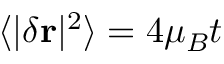
\langle | \delta \mathbf { r } | ^ { 2 } \rangle = 4 \mu _ { B } t